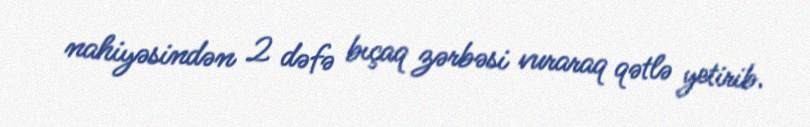
nahiyəsindən 2 dəfə bıçaq zərbəsi vuraraq qətlə yetirib.